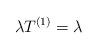
LaTeX: \begin{align*}\lambda T^{(1)}=\lambda\end{align*}